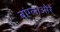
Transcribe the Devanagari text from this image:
बांग्लाओरे